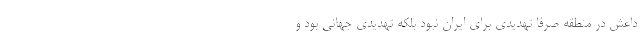
داعش در منطقه صرفا تهدیدی برای ایران نبود بلکه تهدیدی جهانی بود و